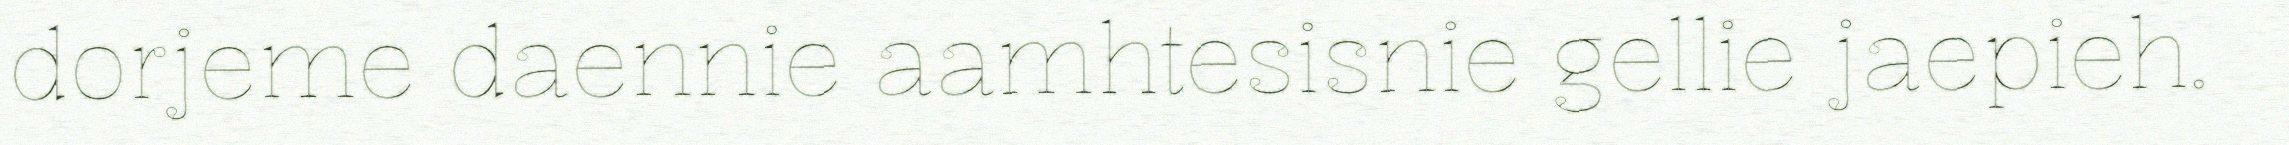
dorjeme daennie aamhtesisnie gellie jaepieh.